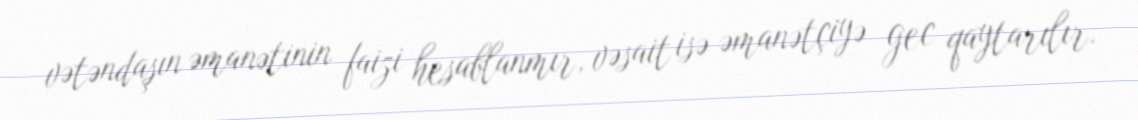
vətəndaşın əmanətinin faizi hesablanmır, vəsait isə əmanətçiyə gec qaytarılır.